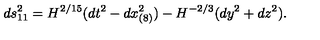
d s _ { 1 1 } ^ { 2 } = H ^ { 2 / 1 5 } ( d t ^ { 2 } - d x _ { ( 8 ) } ^ { 2 } ) - H ^ { - 2 / 3 } ( d y ^ { 2 } + d z ^ { 2 } ) .